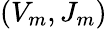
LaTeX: (V_{m},J_{m})